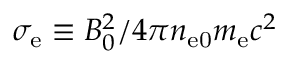
\sigma _ { \mathrm { e } } \equiv B _ { 0 } ^ { 2 } / 4 \pi n _ { \mathrm { e 0 } } m _ { \mathrm { e } } c ^ { 2 }